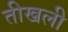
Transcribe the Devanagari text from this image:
तीखली